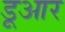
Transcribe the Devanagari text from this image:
डूआर